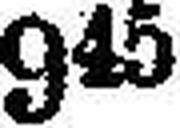
9«